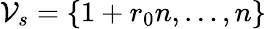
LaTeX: \mathcal{V}_{s}=\{ 1+r_{0}n,\dots,n\}